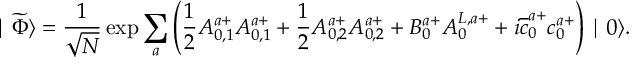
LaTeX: \mid \widetilde { \Phi } \rangle = \frac 1 { \sqrt { N } } \exp \sum _ { a } \left( \frac 1 2 A _ { 0 , 1 } ^ { a + } A _ { 0 , 1 } ^ { a + } + \frac 1 2 A _ { 0 , 2 } ^ { a + } A _ { 0 , 2 } ^ { a + } + B _ { 0 } ^ { a + } A _ { 0 } ^ { L , a + } + i \overline { { { c } } } _ { 0 } ^ { a + } c _ { 0 } ^ { a + } \right) \mid 0 \rangle .